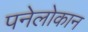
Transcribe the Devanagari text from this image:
पनेलोकान